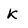
Character: K